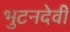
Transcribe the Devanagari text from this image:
भुटनदेवी